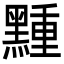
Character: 䵯